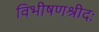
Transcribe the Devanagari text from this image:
विभीषणश्रीदः